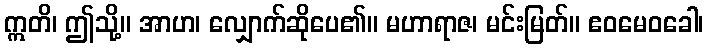
ဣတိ၊ ဤသို့။ အာဟ၊ လျှောက်ဆိုပေ၏။ မဟာရာဇ၊ မင်းမြတ်။ ဧဝမေဝခေါ၊